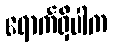
ရောက်ရှိပါက